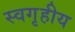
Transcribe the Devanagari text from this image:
स्वगृहीय